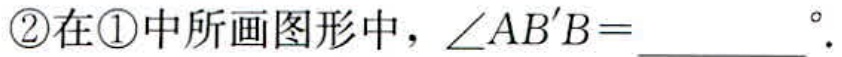
\textcircled{2}在\textcircled{1}中所画图形中，\(\angle AB'B = \underline{\quad\quad}^{\circ}\).